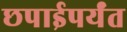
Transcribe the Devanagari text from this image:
छपाईपर्यंत